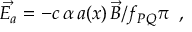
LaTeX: \vec { E _ { a } } = - c \, \alpha \, a ( x ) \, \vec { B } / f _ { P Q } \pi \, \, \, ,